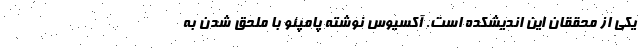
یکی از محققان این اندیشکده است. آکسیوس نوشته پامپئو با ملحق شدن به